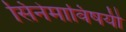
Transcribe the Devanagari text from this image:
सिनेमाविषयी